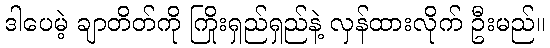
ဒါပေမဲ့ ချာတိတ်ကို ကြိုးရှည်ရှည်နဲ့ လှန်ထားလိုက် ဦးမည်။